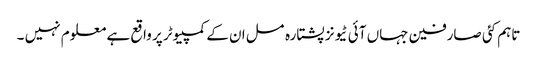
تاہم کئی صارفین جہاں آئی ٹیونز پشتارہ مسل ان کے کمپیوٹر پر واقع ہے معلوم نہیں ۔